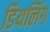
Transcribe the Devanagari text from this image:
डियलिंग